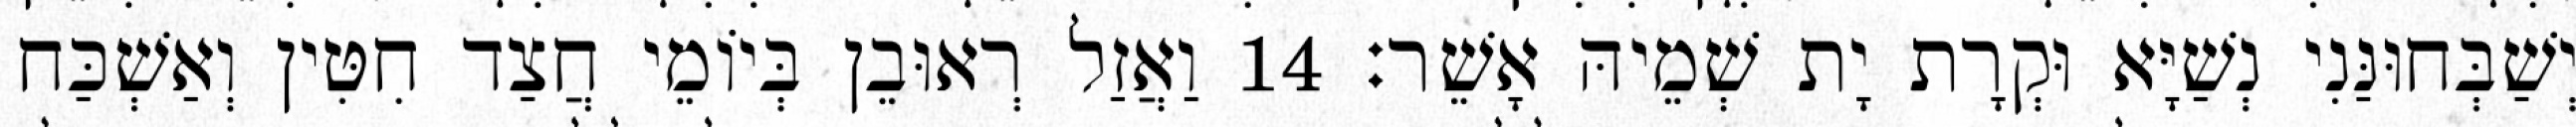
יְשַׁבְּחוּנַּנִי נְשַׁיָּא וּקְרָת יָת שְׁמֵיהּ אָשֵׁר׃ 14 וַאֲזַל רְאוּבֵן בְּיוֹמֵי חֲצַד חִטִּין וְאַשְׁכַּח